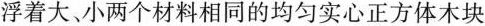
浮着大、小两个材料相同的均匀实心正方体木块